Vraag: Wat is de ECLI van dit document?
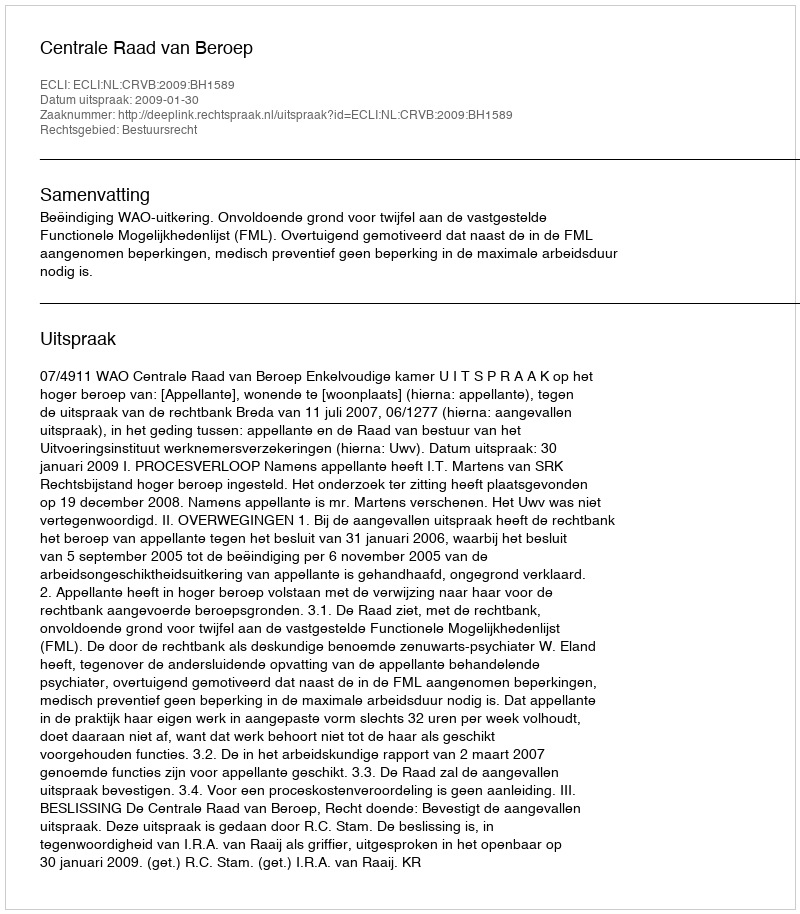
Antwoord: ECLI:NL:CRVB:2009:BH1589